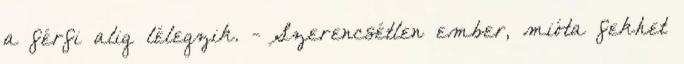
a férfi alig lélegzik. - Szerencsétlen ember, mióta fekhet